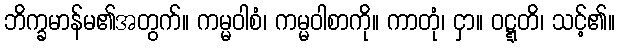
ဘိက္ခမာန်မ၏အတွက်။ ကမ္မဝါစံ၊ ကမ္မဝါစာကို။ ကာတုံ၊ ငှာ။ ဝဋ္ဋတိ၊ သင့်၏။